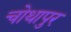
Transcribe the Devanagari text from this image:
चोथापुर